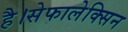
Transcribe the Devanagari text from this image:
है।सेफालेक्सिन